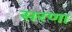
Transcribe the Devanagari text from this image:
सरणा